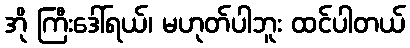
အို ကြီးဒေါ်ရယ်၊ မဟုတ်ပါဘူး ထင်ပါတယ်